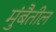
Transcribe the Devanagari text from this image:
मुंबैतील